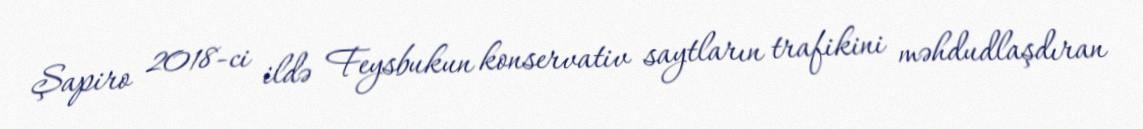
Şapiro 2018-ci ildə Feysbukun konservativ saytların trafikini məhdudlaşdıran